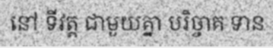
នៅ ទីវត្ត ជាមួយគ្នា បរិច្ចាគ ទាន